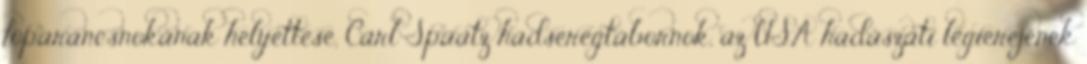
fõparancsnokának helyettese, Carl Spaatz hadseregtábornok, az USA hadászati légierejének